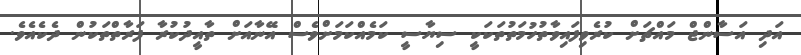
އަދި އަސާންޖް މައްޗަށް ކުރެވިފައިވާތުހުމަތުތަކަކީ ސިޔާސީ ކަމެއްކަމަށްވެސް އޭނާއަށް ތާއީދުކުރާ ފަރާތްތަކުން ދެކެއެވެ.